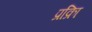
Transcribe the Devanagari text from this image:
प्रक्रिा